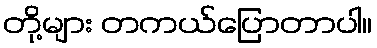
တို့များ တကယ်ပြောတာပါ။